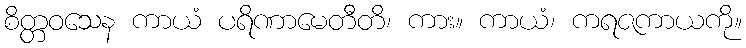
စိတ္တဝသေန ကာယံ ပရိဏာမေတီတိ၊ ကား။ ကာယံ၊ ကရဇကာယကို။